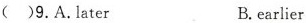
( )9.A.Later B.carlier